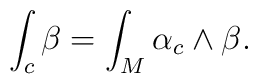
\int_c \beta=\int_M \alpha_c \wedge \beta.